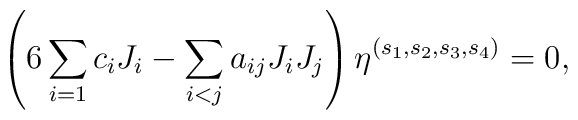
\left( 6 \sum_{i=1} c_i J_i - \sum_{i<j} a_{ij} J_i J_j \right) \eta^{(s_1,s_2,s_3,s_4)} = 0,